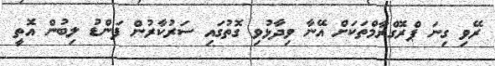
ރޭވި ގިނަ ޕްރޮގްރާމްތަކަށް އޭނާ ވިދާޅުވި ގޮތުގައި ސަރުކާރުން ފަންޑު ލިބުން އޮތީ